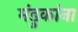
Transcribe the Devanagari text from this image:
मंडुकांना